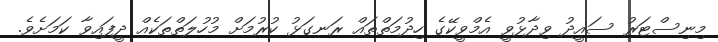
މިނިސްޓަރު ސައީދު ވިދާޅުވީ އެމްވީކޭގެ ހިދުމަތްތައް ރަނގަޅު ކުރުމަށް މުހުލަތްތަކެއް ދީފައިވާ ކަމަށެވެ.